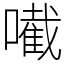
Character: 𡁶